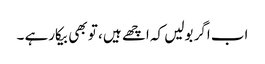
اب اگر بولیں کہ اچھے ہیں ، تو بھی بیکارہے ۔